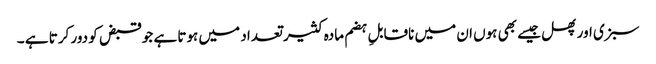
سبزی اور پھل جیسے بھی ہوں ان میں ناقابلِ ہضم مادہ کثیر تعداد میں ہوتا ہے جو قبض کو دور کرتا ہے ۔